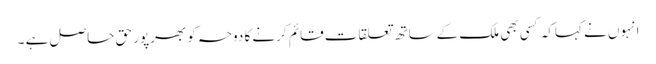
انہوں نے کہاکہ کسی بھی ملک کےساتھ تعلقات قائم کرنے کا دوحہ کو بھرپور حق حاصل ہے ۔